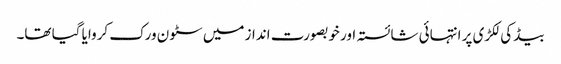
بیڈ کی لکڑی پر انتہائی شائستہ اور خوبصورت انداز میں سٹون ورک کروایا گیا تھا۔